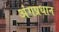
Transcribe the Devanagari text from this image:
अंगप्रधान